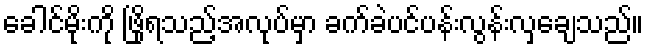
ခေါင်မိုးကို ဖြိုရသည့်အလုပ်မှာ ခက်ခဲပင်ပန်းလွန်းလှချေသည်။